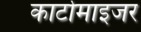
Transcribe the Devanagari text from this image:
कार्टोमाइजर